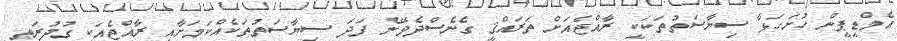
އެމްޑީޕީން ހުށަހަޅާ ސިޔާސަތުތަކަކީ ރާއްޖެއަށް ތަރައްޤީ ގެނެސްދެވޭނެ ފަދަ ސިޔާސަތުތަކެއްކަމަށާއި ރާއްޖެއަކީ ގުދުރަތީ